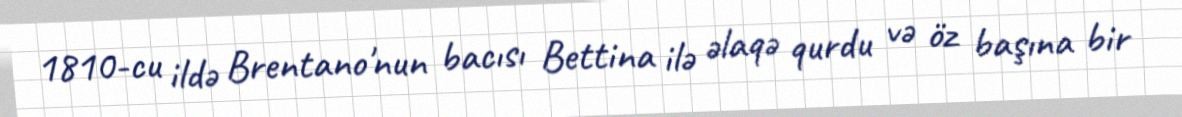
1810-cu ildə Brentano'nun bacısı Bettina ilə əlaqə qurdu və öz başına bir